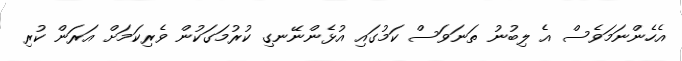
އެހެންނަމަވެސް އެ ލިބުނު ތަނަވަސް ކަމުގައި އުޅެންނޭނގި ކުރުމަގަކުން ވެރިކަމަށް އަރަން ކުރި